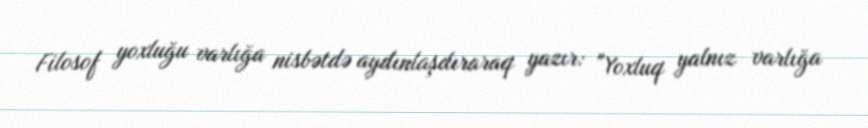
Filosof yoxluğu varlığa nisbətdə aydınlaşdıraraq yazır: "Yoxluq yalnız varlığa